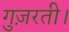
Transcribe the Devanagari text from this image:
गुज़रती।